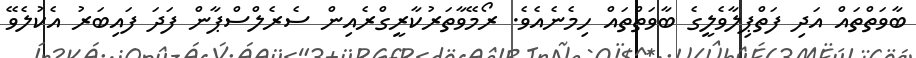
ބާވަތްތައް އަދި ފަތްޕިލާވެލީގެ ބާވަތްތައް ހިމެނެއެވެ. ރޯމޭވާތަރުކާރީގްރެއިން ސެރެލްސްޕާން ފަދަ ފައިބަރު އެކުލެވޭ